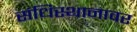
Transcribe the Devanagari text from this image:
संधिस्थानावर